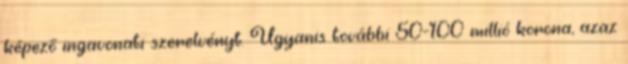
képező ingavonati szerelvényt. Ugyanis további 50-100 millió korona, azaz